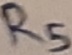
Text: R5